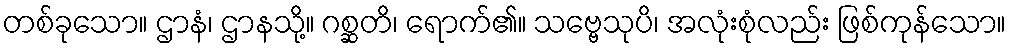
တစ်ခုသော။ ဌာနံ၊ ဌာနသို့။ ဂစ္ဆတိ၊ ရောက်၏။ သဗ္ဗေသုပိ၊ အလုံးစုံလည်း ဖြစ်ကုန်သော။